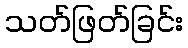
သတ်ဖြတ်ခြင်း